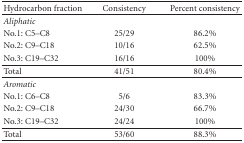
<table><thead><tr><td><b>Hydrocarbon fraction</b></td><td><b>Consistency</b></td><td><b>Percent consistency</b></td></tr></thead><tbody><tr><td><i>Aliphatic</i></td><td></td><td></td></tr><tr><td>No.1: C5–C8</td><td>25/29</td><td>86.2%</td></tr><tr><td>No.2: C9–C18</td><td>10/16</td><td>62.5%</td></tr><tr><td>No.3: C19–C32</td><td>16/16</td><td>100%</td></tr><tr><td>Total</td><td>41/51</td><td>80.4%</td></tr><tr><td><i>Aromatic</i></td><td></td><td></td></tr><tr><td>No.1: C6–C8</td><td>5/6</td><td>83.3%</td></tr><tr><td>No.2: C9–C18</td><td>24/30</td><td>66.7%</td></tr><tr><td>No.3: C19–C32</td><td>24/24</td><td>100%</td></tr><tr><td>Total</td><td>53/60</td><td>88.3%</td></tr></tbody></table>